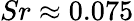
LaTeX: Sr\approx 0.075